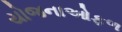
યોજનાઓફળ